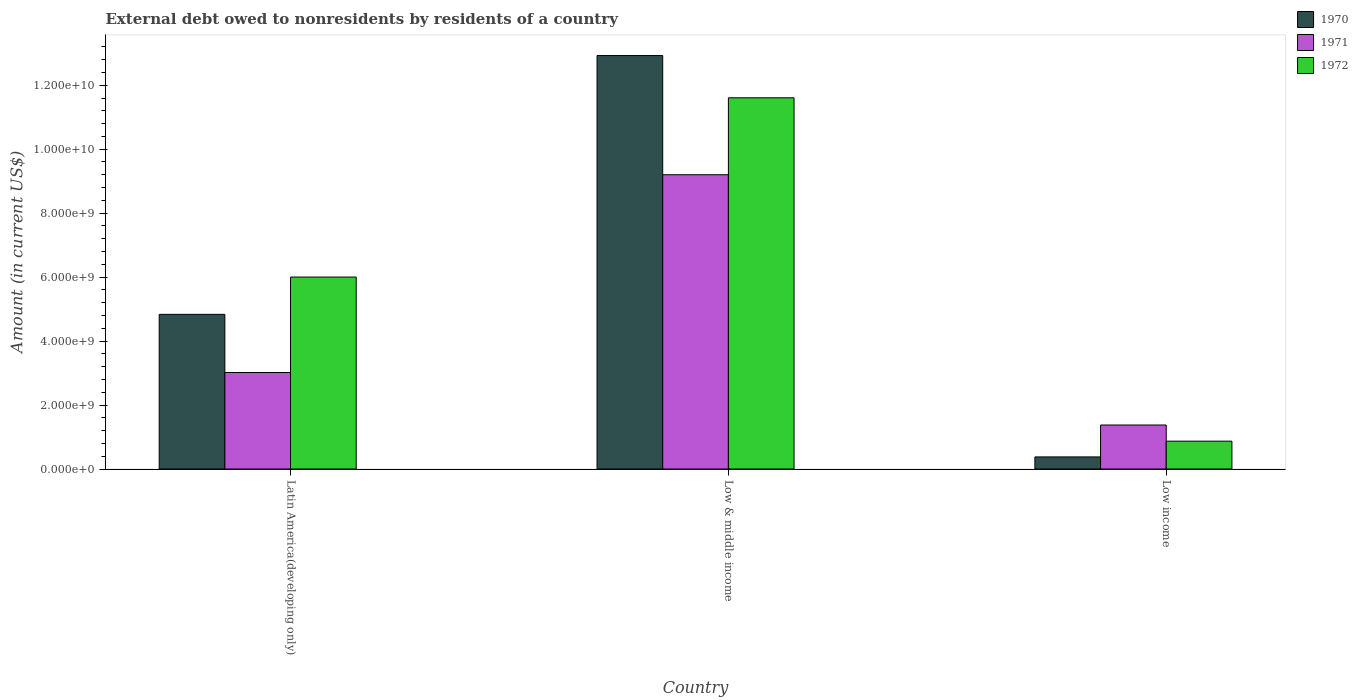
| Country | 1970 | 1971 | 1972 |
 | --- | --- | --- | --- |
 | Latin America(developing only) | 4.84e+09 | 3.02e+09 | 6e+09 |
 | Low & middle income | 1.29e+10 | 9.2e+09 | 1.16e+10 |
 | Low income | 3.78e+08 | 1.38e+09 | 8.71e+08 |